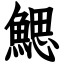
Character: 鰓